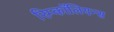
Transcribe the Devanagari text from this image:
रिम्कॉलियन्स